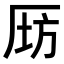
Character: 𠩝